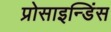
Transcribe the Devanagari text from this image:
प्रोसाइन्डिंस